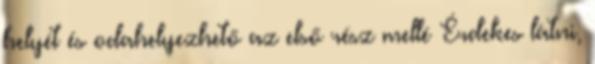
helyét és odahelyezhető az első rész mellé Érdekes látni,